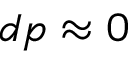
d p \approx 0